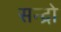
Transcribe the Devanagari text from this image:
सन्द्रो